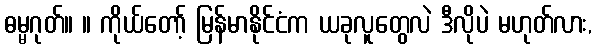
ဓမ္မဂုတ်။ ။ ကိုယ်တော့် မြန်မာနိုင်ငံက ယခုလူတွေလဲ ဒီလိုပဲ မဟုတ်လား,